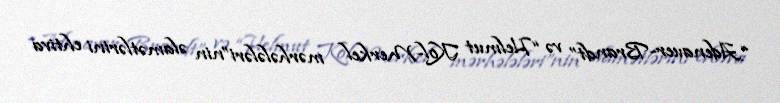
“Adenauer-Brandt” və “Helmut Kol-Merkel mərhələləri”nin əlamətlərini ehtiva